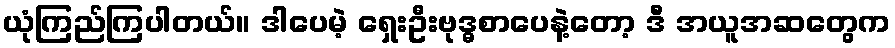
ယုံကြည်ကြပါတယ်။ ဒါပေမဲ့ ရှေးဦးဗုဒ္ဓစာပေနဲ့တော့ ဒီ အယူအဆတွေက